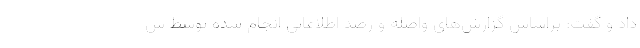
داد و گفت: براساس گزارش‌های واصله و رصد اطلاعاتی انجام شده توسط س